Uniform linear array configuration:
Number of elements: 16
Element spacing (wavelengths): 1
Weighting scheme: binomial
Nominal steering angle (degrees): -60
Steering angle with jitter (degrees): -58.504
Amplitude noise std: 0.05
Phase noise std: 0.05

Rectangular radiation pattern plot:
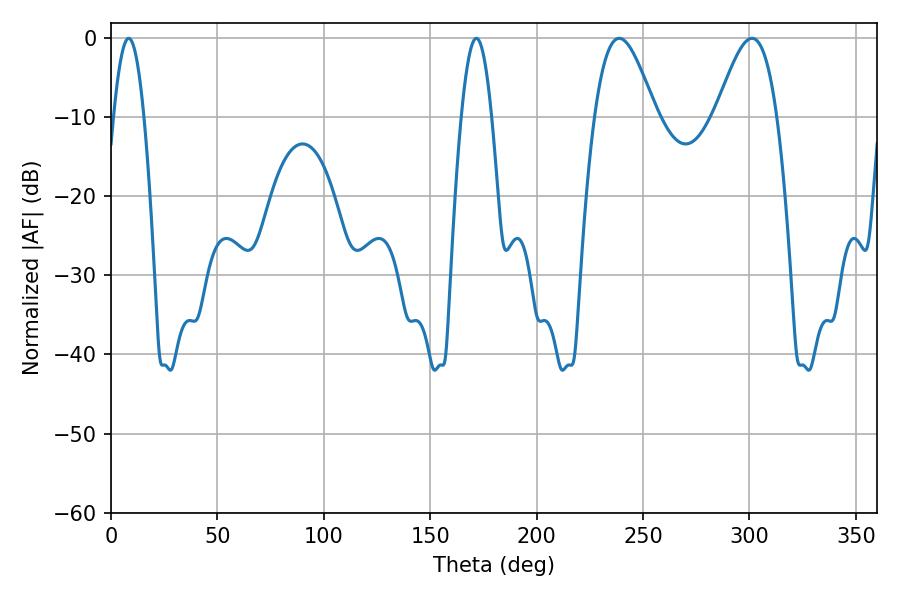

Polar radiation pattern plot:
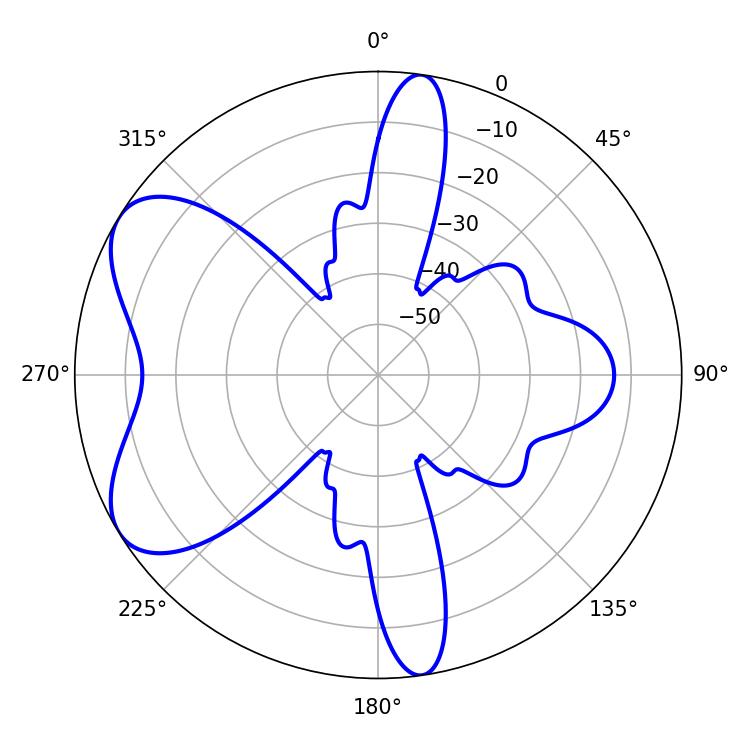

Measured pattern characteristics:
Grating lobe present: TRUE
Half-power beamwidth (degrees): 15.48
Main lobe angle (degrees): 238.86